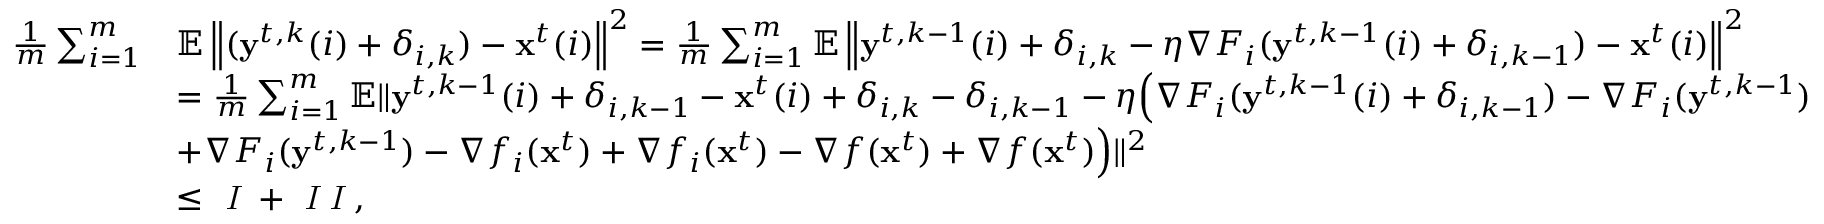
\begin{array} { r l } { \frac { 1 } { m } \sum _ { i = 1 } ^ { m } } & { \mathbb { E } \left\| ( \mathbf { y } ^ { t , k } ( i ) + \delta _ { i , k } ) - \mathbf { x } ^ { t } ( i ) \right\| ^ { 2 } = \frac { 1 } { m } \sum _ { i = 1 } ^ { m } \mathbb { E } \left\| \mathbf { y } ^ { t , k - 1 } ( i ) + \delta _ { i , k } - \eta \nabla F _ { i } ( \mathbf { y } ^ { t , k - 1 } ( i ) + \delta _ { i , k - 1 } ) - \mathbf { x } ^ { t } ( i ) \right\| ^ { 2 } } \\ & { = \frac { 1 } { m } \sum _ { i = 1 } ^ { m } \mathbb { E } \| \mathbf { y } ^ { t , k - 1 } ( i ) + \delta _ { i , k - 1 } - \mathbf { x } ^ { t } ( i ) + \delta _ { i , k } - \delta _ { i , k - 1 } - \eta \Big ( \nabla F _ { i } ( \mathbf { y } ^ { t , k - 1 } ( i ) + \delta _ { i , k - 1 } ) - \nabla F _ { i } ( \mathbf { y } ^ { t , k - 1 } ) } \\ & { + \nabla F _ { i } ( \mathbf { y } ^ { t , k - 1 } ) - \nabla f _ { i } ( \mathbf { x } ^ { t } ) + \nabla f _ { i } ( \mathbf { x } ^ { t } ) - \nabla f ( \mathbf { x } ^ { t } ) + \nabla f ( \mathbf { x } ^ { t } ) \Big ) \| ^ { 2 } } \\ & { \leq \emph { I } + \emph { I I } , } \end{array}